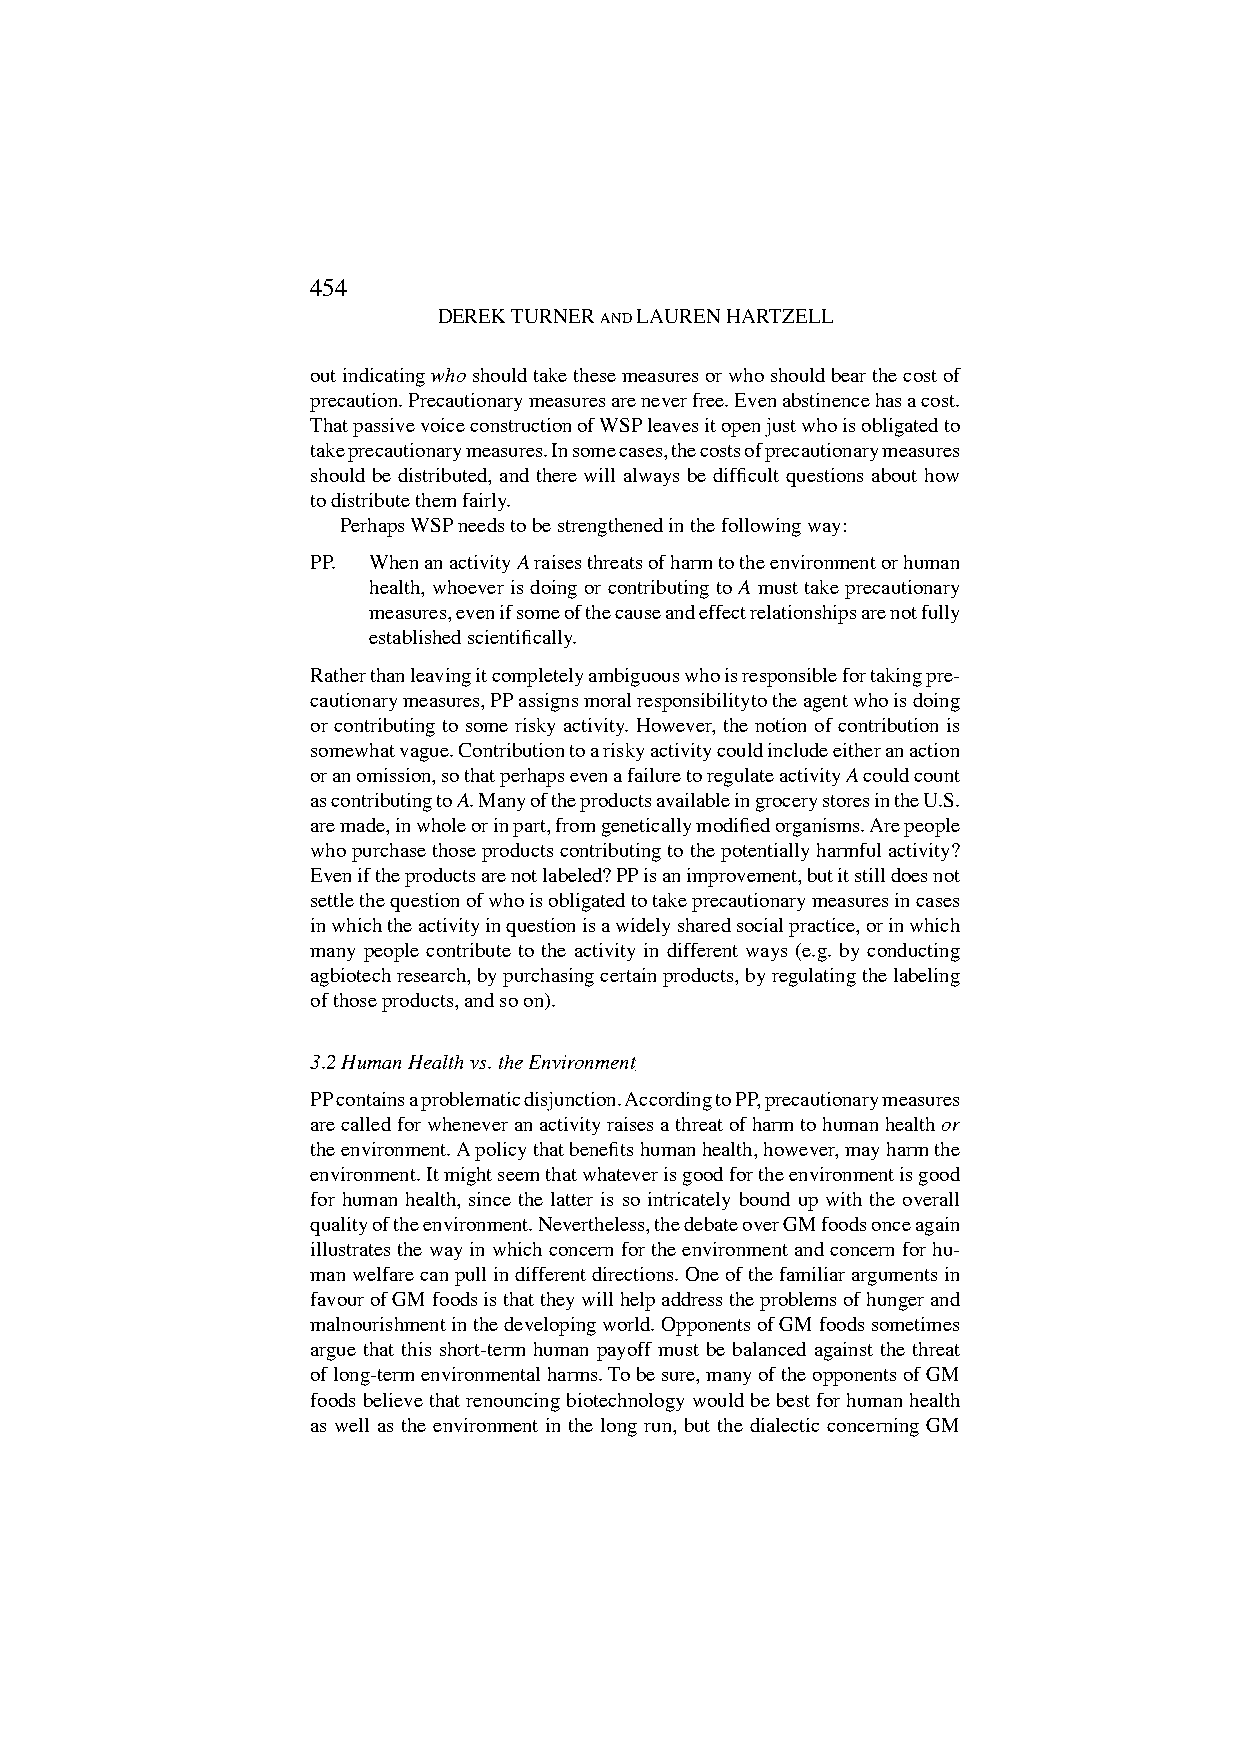
454                                                                                                455
 DEREK TURNER AND LAUREN HARTZELL                    THE LACK OF CLARITY IN THE PRECAUTIONARY PRINCIPLE
 out indicating who should take these measures or who should bear the cost of
 precaution. Precautionary measures are never free. Even abstinence has a cost.
 That passive voice construction of WSP leaves it open just who is obligated to
 take precautionary measures. In some cases, the costs of precautionary measures
 should be distributed, and there will always be difficult questions about how
 to distribute them fairly.
 Perhaps WSP needs to be strengthened in the following way:
 PP. When an activity A raises threats of harm to the environment or human
 health, whoever is doing or contributing to A must take precautionary
 measures, even if some of the cause and effect relationships are not fully
 established scientifically.
 Rather than leaving it completely ambiguous who is responsible for taking pre-
 cautionary measures, PP assigns moral responsibilityto the agent who is doing
 or contributing to some risky activity. However, the notion of contribution is
 somewhat vague. Contribution to a risky activity could include either an action
 or an omission, so that perhaps even a failure to regulate activity A could count
 as contributing to A. Many of the products available in grocery stores in the U.S.
 are made, in whole or in part, from genetically modified organisms. Are people
 who purchase those products contributing to the potentially harmful activity?
 Even if the products are not labeled? PP is an improvement, but it still does not
 settle the question of who is obligated to take precautionary measures in cases
 in which the activity in question is a widely shared social practice, or in which
 many people contribute to the activity in different ways (e.g. by conducting
 agbiotech research, by purchasing certain products, by regulating the labeling
 of those products, and so on).
 3.2 Human Health vs. the Environment
 PP contains a problematic disjunction. According to PP, precautionary measures
 are called for whenever an activity raises a threat of harm to human health or
 the environment. A policy that benefits human health, however, may harm the
 environment. It might seem that whatever is good for the environment is good
 for human health, since the latter is so intricately bound up with the overall
 quality of the environment. Nevertheless, the debate over GM foods once again
 illustrates the way in which concern for the environment and concern for hu-
 man welfare can pull in different directions. One of the familiar arguments in
 favour of GM foods is that they will help address the problems of hunger and
 malnourishment in the developing world. Opponents of GM foods sometimes
 argue that this short-term human payoff must be balanced against the threat
 of long-term environmental harms. To be sure, many of the opponents of GM
 foods believe that renouncing biotechnology would be best for human health
 as well as the environment in the long run, but the dialectic concerning GM